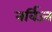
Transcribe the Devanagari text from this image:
नर्विज्न